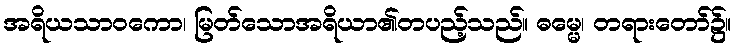
အရိယသာဝကော၊ မြတ်သောအရိယာ၏တပည့်သည်။ ဓမ္မေ၊ တရားတော်၌။